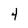
Character: 4